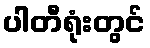
ပါတီရုံးတွင်